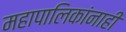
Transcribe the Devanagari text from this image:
महापालिकांनाही